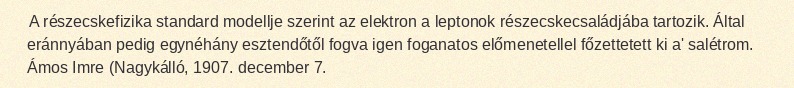
A részecskefizika standard modellje szerint az elektron a leptonok részecskecsaládjába tartozik. Által eránnyában pedig egynéhány esztendőtől fogva igen foganatos előmenetellel főzettetett ki a' salétrom. Ámos Imre (Nagykálló, 1907. december 7.